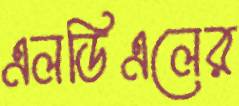
এলডিএলের